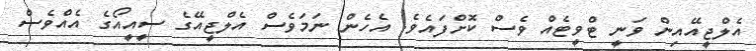
އެލްޖީއޭއިން ވަނީ ޓްވީޓެއް ވެސް ކޮށްފައެވެ. އެހެން ނަމަވެސް އެލްޖީއޭގެ ސީއީއޯގެ އެއްވެސް